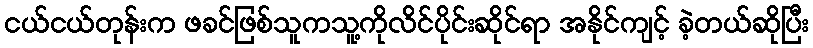
ငယ်ငယ်တုန်းက ဖခင်ဖြစ်သူကသူ့ကိုလိင်ပိုင်းဆိုင်ရာ အနိုင်ကျင့် ခဲ့တယ်ဆိုပြီး